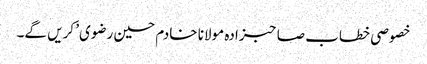
خصوصی خطاب صاحبزادہ مولانا خادم حسین رضوی’ کریں گے۔